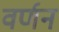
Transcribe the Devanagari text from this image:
वर्णनं